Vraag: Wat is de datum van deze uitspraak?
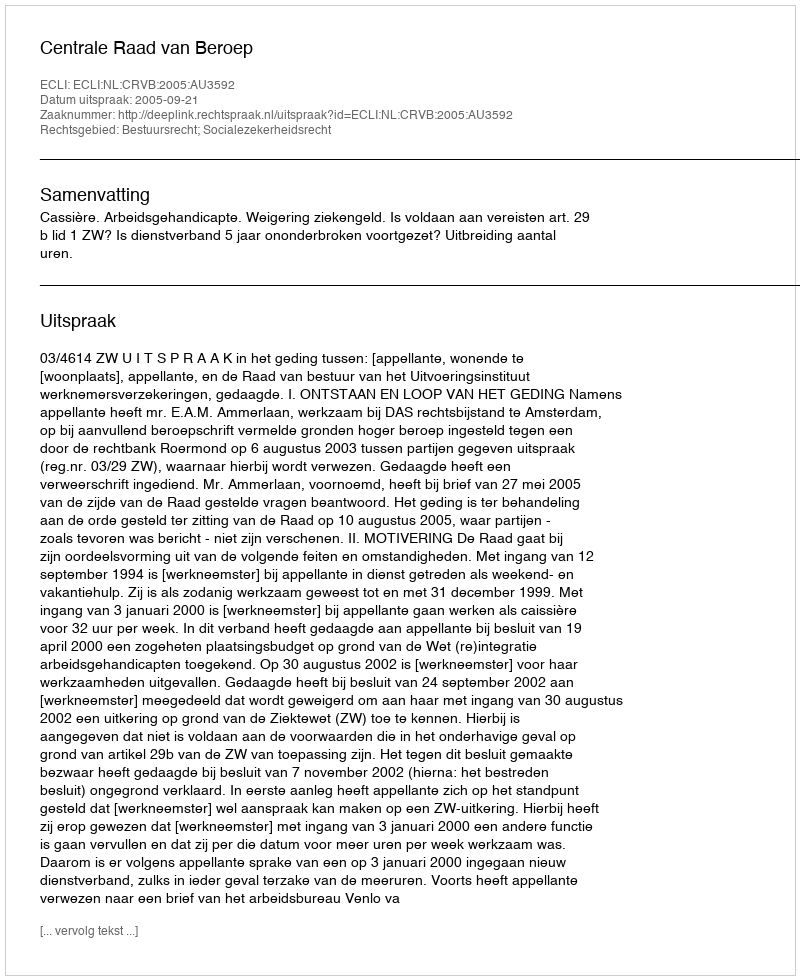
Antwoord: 2005-09-21